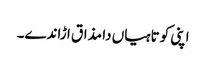
اپنی کوتاہیاں دا مذاق ا ڑاندے۔